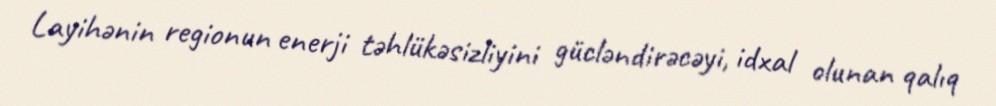
Layihənin regionun enerji təhlükəsizliyini gücləndirəcəyi, idxal olunan qalıq